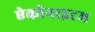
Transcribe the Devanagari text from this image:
ऐकोनाइटम